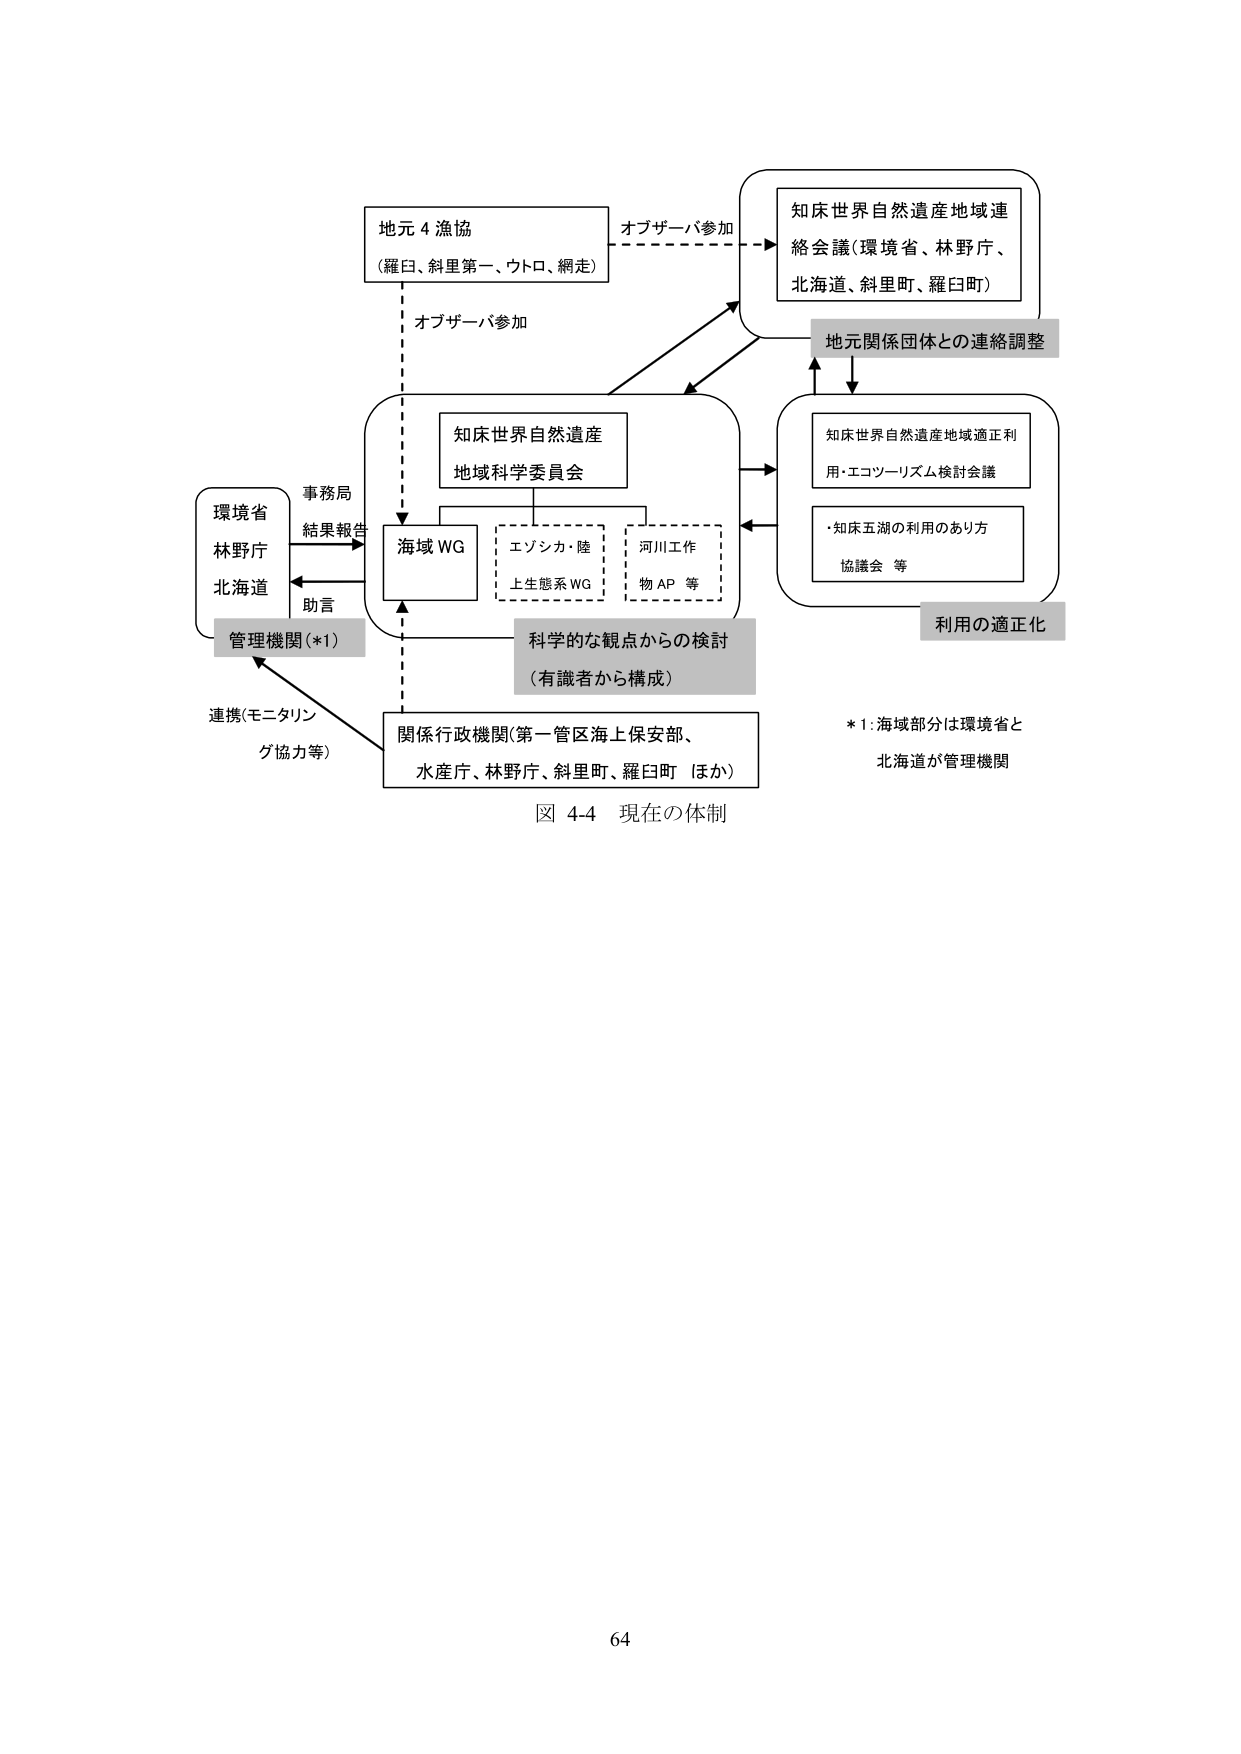
地元４漁協
（羅臼、斜里第一、ウトロ、網走）

オブザーバ参加

知床世界自然遺産
地域科学委員会

海域WG
エゾシカ・陸
上生態系WG
河川工作
物AP等

環境省
林野庁
北海道

事務局
結果報告
助言

管理機関（*1）

連携（モニタリング協力等）

関係行政機関（第一管区海上保安部、
水産庁、林野庁、斜里町、羅臼町 ほか）

科学的な観点からの検討
（有識者から構成）

知床世界自然遺産地域連
絡会議（環境省、林野庁、
北海道、斜里町、羅臼町）

地元関係団体との連絡調整

知床世界自然遺産地域適正利
用・エコツーリズム検討会議

・知床五湖の利用のあり方
協議会 等

利用の適正化

*1：海域部分は環境省と
北海道が管理機関

図 4-4 現在の体制

64